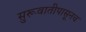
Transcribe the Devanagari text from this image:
सुरूवातीपासूनच